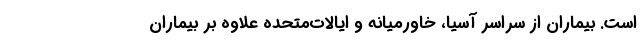
است. بیماران از سراسر آسیا، خاورمیانه و ایالات‌متحده علاوه بر بیماران